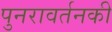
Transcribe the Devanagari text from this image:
पुनरावर्तनकी